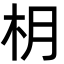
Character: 枂